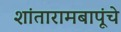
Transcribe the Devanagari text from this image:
शांतारामबापूंचे